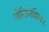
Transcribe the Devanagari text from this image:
पोलिनेशियन